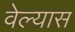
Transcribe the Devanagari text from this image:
वेल्यास